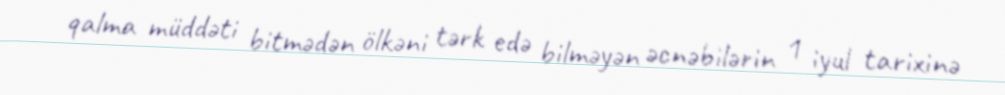
qalma müddəti bitmədən ölkəni tərk edə bilməyən əcnəbilərin 1 iyul tarixinə